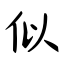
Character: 似